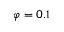
\varphi = 0 . 1